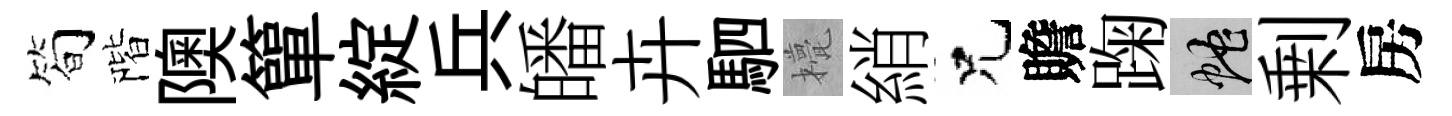
筍階隩簞綻兵皤卉駟甍綃兄贍踘蛇剰房